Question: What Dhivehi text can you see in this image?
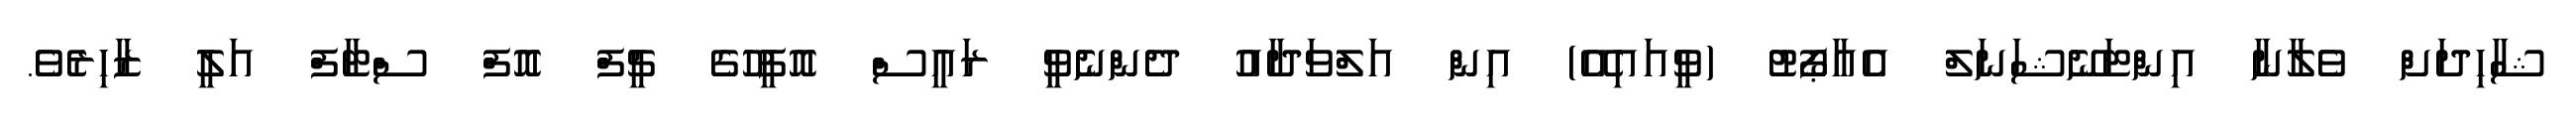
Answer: ޝާހިދަށް ވެލާނާ އިންޓަނޭޝަނަލް އެއާޕޯޓު (ވީއައިއޭ) އިން އަލްވަދާއު ދެންނެވީ ރައީސް އޮފީހުގެ ޗީފް އޮފް ސްޓާފް އަލީ ޒާހިރެވެ.